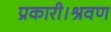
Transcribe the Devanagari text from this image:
प्रकारी।श्रवण